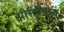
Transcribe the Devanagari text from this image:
प्रीसनिट्स